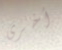
أخرى